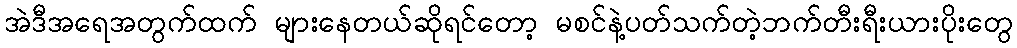
အဲဒီအရေအတွက်ထက် များနေတယ်ဆိုရင်တော့ မစင်နဲ့ပတ်သက်တဲ့ဘက်တီးရီးယားပိုးတွေ